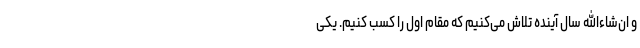
و ان‌شاءالله سال آینده تلاش می‌کنیم که مقام اوّل را کسب کنیم. یکی